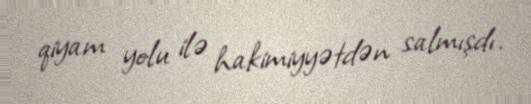
qiyam yolu ilə hakimiyyətdən salmışdı.